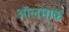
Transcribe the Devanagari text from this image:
ऑलमाक